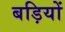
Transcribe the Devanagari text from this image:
बड़ियों